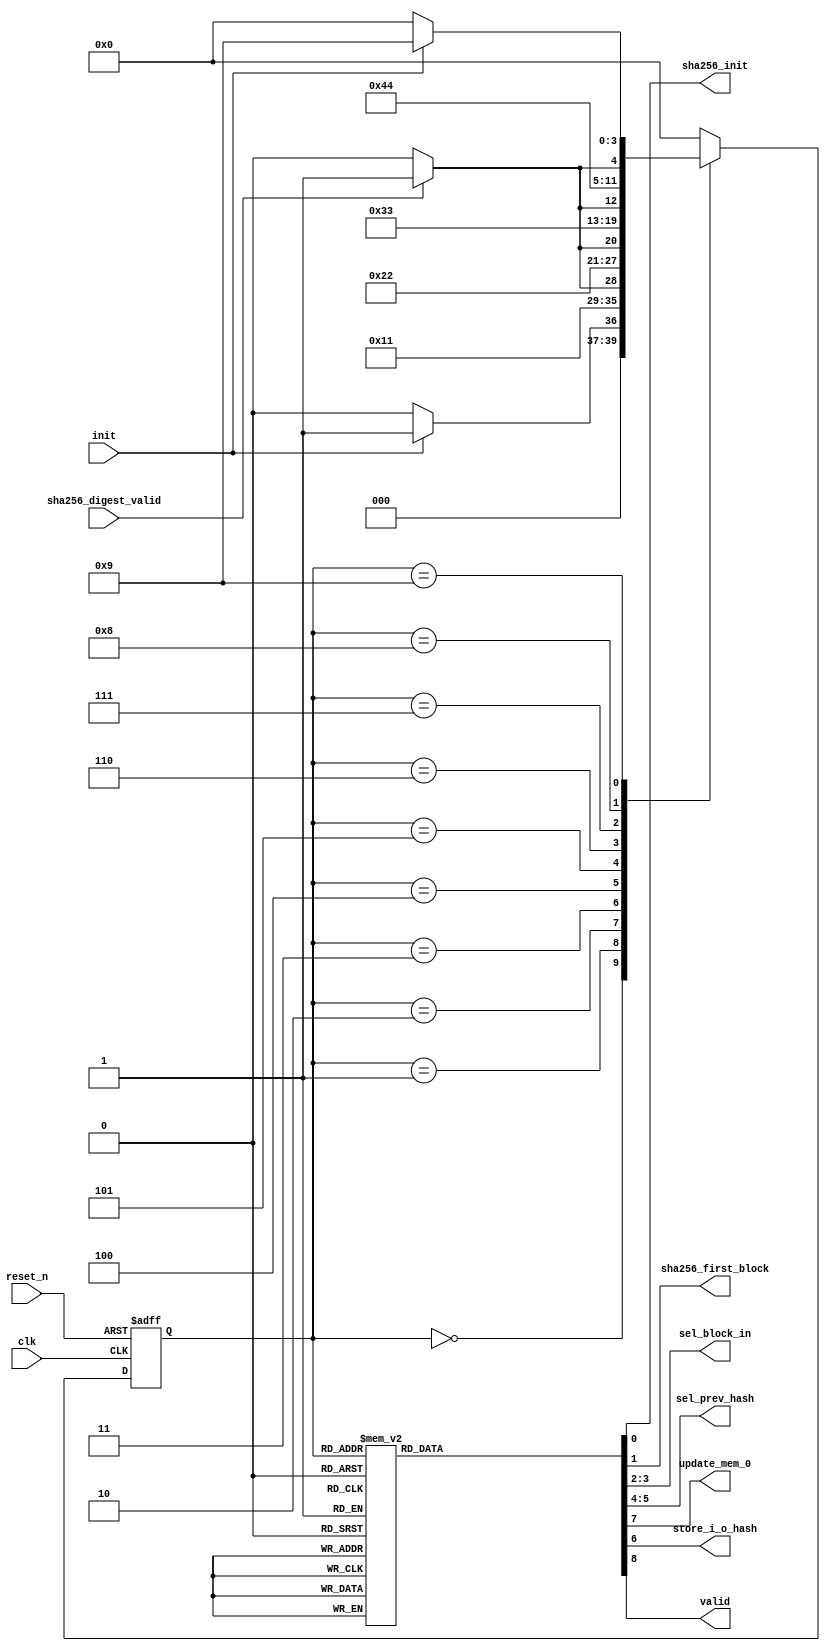
module pbkdf2_2_ct(
// inputs
		input	 	wire				clk						,
		input	 	wire				reset_n					,
		input	 	wire				init					,
		input	 	wire				sha256_digest_valid		,
// outputs	
		output 		wire				sha256_init				,
		output 		wire				sha256_first_block		,
		output 		wire	[1:0]		sel_block_in			,
		output 		wire	[1:0]		sel_prev_hash			,
		output 		wire				update_mem_0			,		
        output      wire                store_i_o_hash          ,
		output		wire				valid			
);


// Parameters encoded state

	parameter	S0_IDLE 				= 	4'd0;
	parameter	S0X_STORE_I_O_HASH		=	4'd1;
	parameter	S1_IHASH_1				=	4'd2;
	parameter	S2_STORE_IHASH_1		=	4'd3;
	parameter	S3_IHASH_2				=	4'd4;
	parameter	S4_STORE_IHASH_2		=	4'd5;
	parameter	S5_IHASH_3				=	4'd6;
	parameter	S6_STORE_IHASH_3		=	4'd7;
	parameter	S7_OHASH_1				=	4'd8;
	parameter	S8_DONE					=	4'd9;
	
// Registers, wires, and assignment for current states management

// Registers
	reg		[3:0]	pbkdf2_state_reg;
	
// Wires
	wire 	[3:0]	pbkdf2_state_wire;

// Assignments

	assign 	pbkdf2_state_wire = pbkdf2_state_reg;
	
// Registers and wires for next states management

// Registers
	reg		[3:0]	pbkdf2_next_state_reg;
	
// Wires
	wire 	[3:0]	pbkdf2_next_state_wire;

// Assignment

	assign 	pbkdf2_next_state_wire = pbkdf2_next_state_reg;
	
// Registers and assignments for control signals

// Registers	
	
	reg				sha256_init_reg				;
	reg				sha256_first_block_reg		;
	reg		[1:0]	sel_block_in_reg			;
	reg		[1:0]	sel_prev_hash_reg			;
	reg				update_mem_0_reg			;
	reg				valid_reg					;
    reg             store_i_o_hash_reg          ;
	
// Assignments
	assign	sha256_init 		= sha256_init_reg			;
	assign	sha256_first_block 	= sha256_first_block_reg	;
	assign	sel_block_in 		= sel_block_in_reg			;
	assign	sel_prev_hash 		= sel_prev_hash_reg			;
	assign	update_mem_0 		= update_mem_0_reg			;
	assign	valid				= valid_reg					;
    assign  store_i_o_hash      = store_i_o_hash_reg        ;  
	
// Always block for fsms
//flipflop update state
	always @(posedge clk or negedge reset_n)begin: update_state
		if(reset_n == 1'b0) begin
			pbkdf2_state_reg <= S0_IDLE;
		end
		else begin
			pbkdf2_state_reg <= pbkdf2_next_state_wire;
		end
	end	

//state change condition
	always @(pbkdf2_state_wire or init or sha256_digest_valid) begin: update_next_state
		case (pbkdf2_state_wire)
			S0_IDLE: begin
				if(init == 1'b1) begin
					pbkdf2_next_state_reg = S0X_STORE_I_O_HASH;
				end
				else begin
					pbkdf2_next_state_reg = S0_IDLE;
				end
			end
            S0X_STORE_I_O_HASH: begin
                pbkdf2_next_state_reg = S1_IHASH_1;
            end
			S1_IHASH_1: begin
				if(sha256_digest_valid == 1'b1) begin
					pbkdf2_next_state_reg = S2_STORE_IHASH_1;
				end
				else begin
					pbkdf2_next_state_reg = S1_IHASH_1;
				end
			end
			S2_STORE_IHASH_1: begin
				pbkdf2_next_state_reg = S3_IHASH_2;
			end
			S3_IHASH_2: begin
				if(sha256_digest_valid == 1'b1) begin
					pbkdf2_next_state_reg = S4_STORE_IHASH_2;
				end
				else begin
					pbkdf2_next_state_reg = S3_IHASH_2;
				end
			end
			S4_STORE_IHASH_2: begin
				pbkdf2_next_state_reg = S5_IHASH_3;
			end
			S5_IHASH_3: begin
				if(sha256_digest_valid == 1'b1) begin
					pbkdf2_next_state_reg = S6_STORE_IHASH_3;
				end
				else begin
					pbkdf2_next_state_reg = S5_IHASH_3;
				end
			end
			S6_STORE_IHASH_3: begin
				pbkdf2_next_state_reg = S7_OHASH_1;
			end
			S7_OHASH_1: begin
				if(sha256_digest_valid == 1'b1) begin
					pbkdf2_next_state_reg = S8_DONE;
				end
				else begin
					pbkdf2_next_state_reg = S7_OHASH_1;
				end			
			end
			S8_DONE: begin
				if(init == 1'b0) begin
					pbkdf2_next_state_reg = S0_IDLE;
				end
				else begin
					pbkdf2_next_state_reg = S8_DONE;
				end		
			end
			default: begin
				pbkdf2_next_state_reg = S0_IDLE;
			end
		endcase
	end
	
	always @(pbkdf2_state_wire) begin : output_state
		case (pbkdf2_state_wire)
			S0_IDLE: begin
				sha256_init_reg				=	1'b0	;
				sha256_first_block_reg		=	1'b0	;
				sel_block_in_reg			=	2'd0	;	// select sha256_1_i_block_in_wire as block in
				sel_prev_hash_reg			=	2'd0	;	// select sha256_ixor_mem_wire as prev_hash
                store_i_o_hash_reg          =   1'd0    ;
				update_mem_0_reg			=	1'b0	;
				valid_reg					=	1'b0	;
			end
            S0X_STORE_I_O_HASH: begin
                sha256_init_reg				=	1'b0	;
				sha256_first_block_reg		=	1'b0	;
				sel_block_in_reg			=	2'd0	;	// select sha256_1_i_block_in_wire as block in
				sel_prev_hash_reg			=	2'd0	;	// select sha256_ixor_mem_wire as prev_hash
                store_i_o_hash_reg          =   1'd1    ;
				update_mem_0_reg			=	1'b0	;
				valid_reg					=	1'b0	;
            end
			S1_IHASH_1: begin
				sha256_init_reg				=	1'b1	;
				sha256_first_block_reg		=	1'b0	;
				sel_block_in_reg			=	2'd0	;	// select sha256_1_i_block_in_wire as block in
				sel_prev_hash_reg			=	2'd0	;	// select sha256_ixor_mem_wire as prev_hash
				update_mem_0_reg			=	1'b0	;
                store_i_o_hash_reg          =   1'd0    ;
				valid_reg					=	1'b0	;
			end
			S2_STORE_IHASH_1: begin
				sha256_init_reg				=	1'b0	;
				sha256_first_block_reg		=	1'b0	;
				sel_block_in_reg			=	2'd1	;	// select sha256_2_i_block_in_wire as block in
				sel_prev_hash_reg			=	2'd1	;	// select sha256_mem_0_wire as prev_hash
				update_mem_0_reg			=	1'b1	;	// update mem_0
                store_i_o_hash_reg          =   1'd0    ;
				valid_reg					=	1'b0	;
			end
			S3_IHASH_2: begin
				sha256_init_reg				=	1'b1	;
				sha256_first_block_reg		=	1'b0	;
				sel_block_in_reg			=	2'd1	;	// select sha256_2_i_block_in_wire as block in
				sel_prev_hash_reg			=	2'd1	;	// select sha256_mem_0_wire as prev_hash
				update_mem_0_reg			=	1'b0	;
                store_i_o_hash_reg          =   1'd0    ;                
				valid_reg					=	1'b0	;
			end
			S4_STORE_IHASH_2: begin
				sha256_init_reg				=	1'b0	;
				sha256_first_block_reg		=	1'b0	;
				sel_block_in_reg			=	2'd2	;	// select sha256_3_i_block_in_wire as block in
				sel_prev_hash_reg			=	2'd1	;	// select sha256_mem_0_wire as prev_hash
				update_mem_0_reg			=	1'b1	;	// update mem_0
                store_i_o_hash_reg          =   1'd0    ;  
				valid_reg					=	1'b0	;
			end
			S5_IHASH_3: begin
				sha256_init_reg				=	1'b1	;
				sha256_first_block_reg		=	1'b0	;
				sel_block_in_reg			=	2'd2	;	// select sha256_3_i_block_in_wire as block in
				sel_prev_hash_reg			=	2'd1	;	// select sha256_mem_0_wire as prev_hash
				update_mem_0_reg			=	1'b0	;
                store_i_o_hash_reg          =   1'd0    ;  
				valid_reg					=	1'b0	;
			end
			S6_STORE_IHASH_3: begin
				sha256_init_reg				=	1'b0	;
				sha256_first_block_reg		=	1'b0	;
				sel_block_in_reg			=	2'd3	;	// select sha256_o_block_in_wire as block in
				sel_prev_hash_reg			=	2'd2	;	// select sha256_oxor_mem_wire as prev_hash
				update_mem_0_reg			=	1'b1	;	// update mem_0
                store_i_o_hash_reg          =   1'd0    ;  
				valid_reg					=	1'b0	;
			end
			S7_OHASH_1: begin
				sha256_init_reg				=	1'b1	;
				sha256_first_block_reg		=	1'b0	;
				sel_block_in_reg			=	2'd3	;	// select sha256_3_i_block_in_wire as block in
				sel_prev_hash_reg			=	2'd2	;	// select sha256_mem_0_wire as prev_hash
				update_mem_0_reg			=	1'b0	;
                store_i_o_hash_reg          =   1'd0    ;  
				valid_reg					=	1'b0	;
			end
			S8_DONE: begin
				sha256_init_reg				=	1'b0	;
				sha256_first_block_reg		=	1'b0	;
				sel_block_in_reg			=	2'd0	;
				sel_prev_hash_reg			=	2'd0	;
				update_mem_0_reg			=	1'b0	;
                store_i_o_hash_reg          =   1'd0    ;  
				valid_reg					=	1'b1	;	// output is valid
			end
			default: begin
				sha256_init_reg				=	1'b0	;
				sha256_first_block_reg		=	1'b0	;
				sel_block_in_reg			=	2'd0	;
				sel_prev_hash_reg			=	2'd0	;
				update_mem_0_reg			=	1'b0	;
                store_i_o_hash_reg          =   1'd0    ;  
				valid_reg					=	1'b0	;
			end
		endcase
	end	
	
endmodule